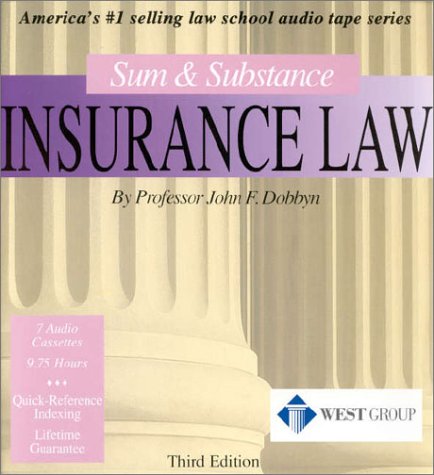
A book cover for Sum & Substance Insurance Law; John F. Dobbyn; Law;